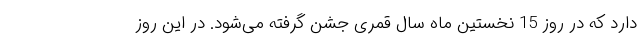
دارد که در روز 15 نخستین ماه سال قمری جشن گرفته می‌شود. در این روز